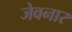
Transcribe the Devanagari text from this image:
जेवनार